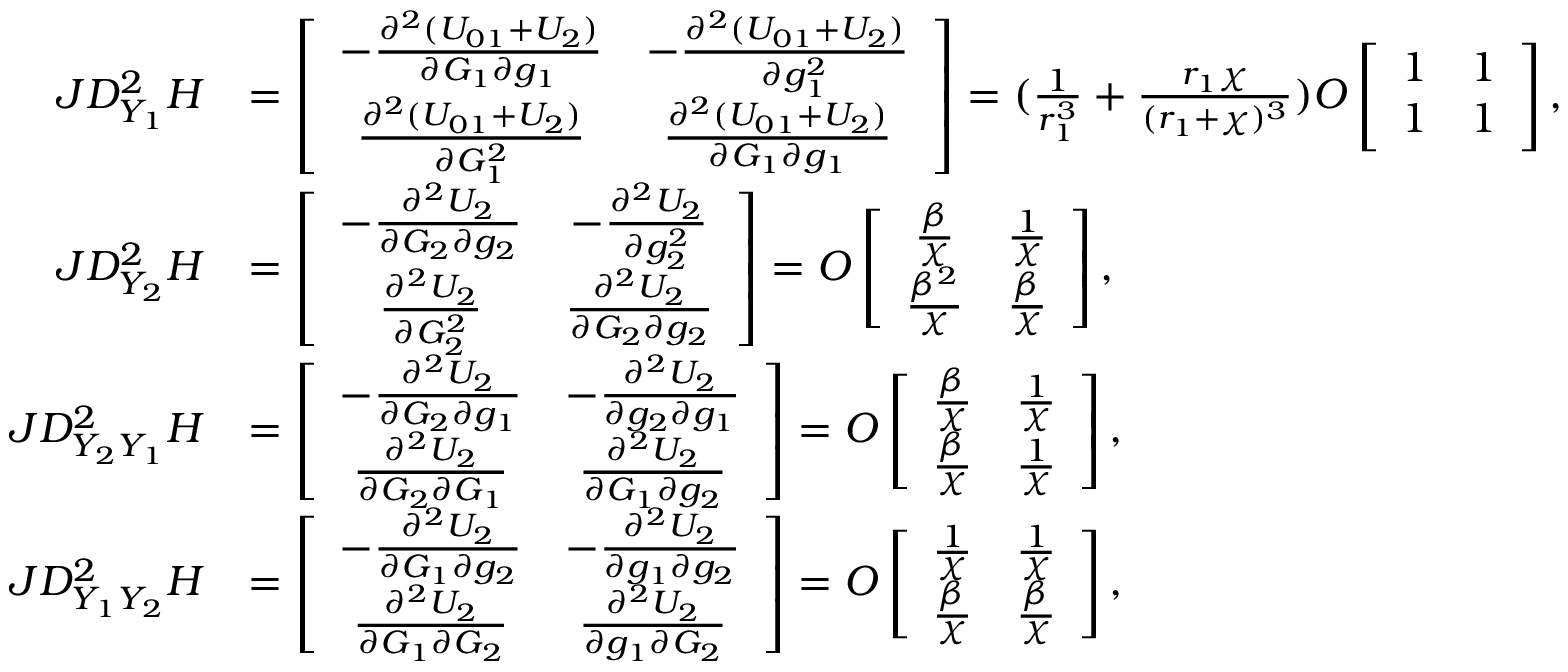
\begin{array} { r l } { J D _ { Y _ { 1 } } ^ { 2 } H } & { = \left[ \begin{array} { c c } { - \frac { \partial ^ { 2 } ( U _ { 0 1 } + U _ { 2 } ) } { \partial G _ { 1 } \partial g _ { 1 } } } & { - \frac { \partial ^ { 2 } ( U _ { 0 1 } + U _ { 2 } ) } { \partial g _ { 1 } ^ { 2 } } } \\ { \frac { \partial ^ { 2 } ( U _ { 0 1 } + U _ { 2 } ) } { \partial G _ { 1 } ^ { 2 } } } & { \frac { \partial ^ { 2 } ( U _ { 0 1 } + U _ { 2 } ) } { \partial G _ { 1 } \partial g _ { 1 } } } \end{array} \right] = ( \frac { 1 } { r _ { 1 } ^ { 3 } } + \frac { r _ { 1 } \chi } { ( r _ { 1 } + \chi ) ^ { 3 } } ) O \left[ \begin{array} { c c } { 1 } & { 1 } \\ { 1 } & { 1 } \end{array} \right] , } \\ { J D _ { Y _ { 2 } } ^ { 2 } H } & { = \left[ \begin{array} { c c } { - \frac { \partial ^ { 2 } U _ { 2 } } { \partial G _ { 2 } \partial g _ { 2 } } } & { - \frac { \partial ^ { 2 } U _ { 2 } } { \partial g _ { 2 } ^ { 2 } } } \\ { \frac { \partial ^ { 2 } U _ { 2 } } { \partial G _ { 2 } ^ { 2 } } } & { \frac { \partial ^ { 2 } U _ { 2 } } { \partial G _ { 2 } \partial g _ { 2 } } } \end{array} \right] = O \left[ \begin{array} { c c } { \frac { \beta } { \chi } } & { \frac { 1 } { \chi } } \\ { \frac { \beta ^ { 2 } } { \chi } } & { \frac { \beta } { \chi } } \end{array} \right] , } \\ { J D _ { Y _ { 2 } Y _ { 1 } } ^ { 2 } H } & { = \left[ \begin{array} { c c } { - \frac { \partial ^ { 2 } U _ { 2 } } { \partial G _ { 2 } \partial g _ { 1 } } } & { - \frac { \partial ^ { 2 } U _ { 2 } } { \partial g _ { 2 } \partial g _ { 1 } } } \\ { \frac { \partial ^ { 2 } U _ { 2 } } { \partial G _ { 2 } \partial G _ { 1 } } } & { \frac { \partial ^ { 2 } U _ { 2 } } { \partial G _ { 1 } \partial g _ { 2 } } } \end{array} \right] = O \left[ \begin{array} { c c } { \frac { \beta } { \chi } } & { \frac { 1 } { \chi } } \\ { \frac { \beta } { \chi } } & { \frac { 1 } { \chi } } \end{array} \right] , \quad } \\ { J D _ { Y _ { 1 } Y _ { 2 } } ^ { 2 } H } & { = \left[ \begin{array} { c c } { - \frac { \partial ^ { 2 } U _ { 2 } } { \partial G _ { 1 } \partial g _ { 2 } } } & { - \frac { \partial ^ { 2 } U _ { 2 } } { \partial g _ { 1 } \partial g _ { 2 } } } \\ { \frac { \partial ^ { 2 } U _ { 2 } } { \partial G _ { 1 } \partial G _ { 2 } } } & { \frac { \partial ^ { 2 } U _ { 2 } } { \partial g _ { 1 } \partial G _ { 2 } } } \end{array} \right] = O \left[ \begin{array} { c c } { \frac { 1 } { \chi } } & { \frac { 1 } { \chi } } \\ { \frac { \beta } { \chi } } & { \frac { \beta } { \chi } } \end{array} \right] , } \end{array}